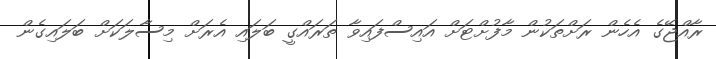
ރާއްޖޭގެ އެހެން ރަށްތަކުން މާފުށްޓަށް އައިސްފައިވާ ތަރައްގީ ބަލައި އެރަށް މިސާލަކަށް ބަލައިގެން